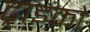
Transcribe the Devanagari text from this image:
ट्राइको